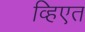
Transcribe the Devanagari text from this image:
व्हिएत